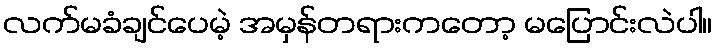
လက်မခံချင်ပေမဲ့ အမှန်တရားကတော့ မပြောင်းလဲပါ။